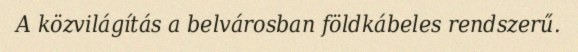
A közvilágítás a belvárosban földkábeles rendszerű.